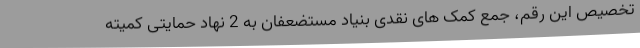
تخصیص این رقم، جمع کمک های نقدی بنیاد مستضعفان به 2 نهاد حمایتی کمیته